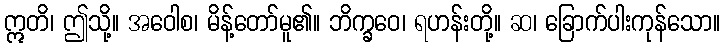
ဣတိ၊ ဤသို့။ အဝေါစ၊ မိန့်တော်မူ၏။ ဘိက္ခဝေ၊ ရဟန်းတို့။ ဆ၊ ခြောက်ပါးကုန်သော။